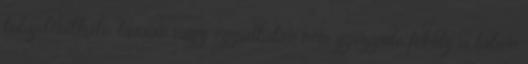
tulajdonítható, lassan vagy egyáltalán nem gyógyuló fekély a lábon